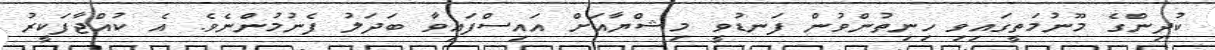
ކުދިންގެ މޫނުމަތީގައިވި ހިނިތުންވުން ފަނޑުވީ މިޝްޔާއަށް އައިސްފައިވާ ބަދަލު ފެނުމުންނެވެ. އެ ކުއްޖާފަކީރު